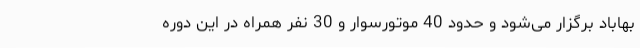
بهاباد برگزار می‌شود و حدود 40 موتورسوار و 30 نفر همراه در این دوره